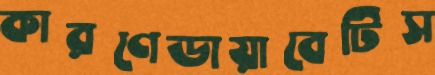
কারণেডায়াবেটিস